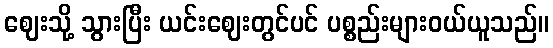
ဈေးသို့ သွားပြီး ယင်းဈေးတွင်ပင် ပစ္စည်းများဝယ်ယူသည်။